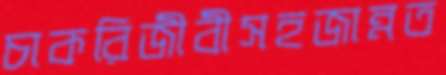
চাকরিজীবীসহজান্নত